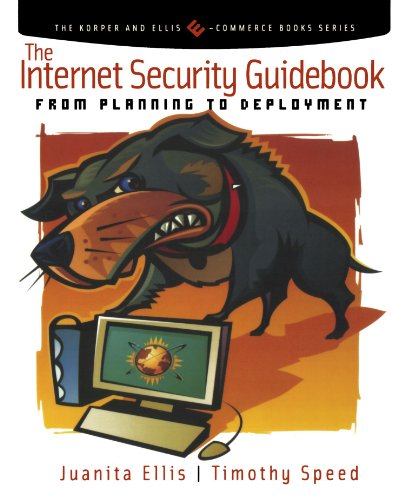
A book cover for The Internet Security Guidebook: From Planning to Deployment (The Korper and Ellis E-Commerce Books Series); Juanita Ellis; Computers & Technology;